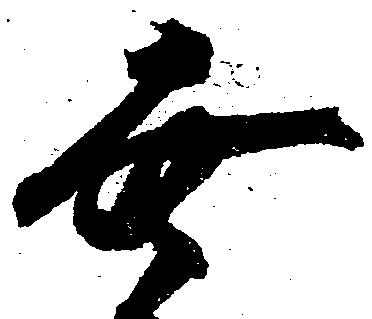
幸